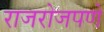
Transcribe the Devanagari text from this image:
राजरोजपणे